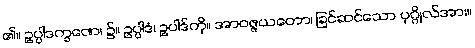
၏။ ဥပ္ပါဒက္ခဏေ၊ ၌။ ဥပ္ပါဒံ၊ ဥပါဒ်ကို။ အာဝဇ္ဇယတော၊ ခြင်ဆင်သော ပုဂ္ဂိုလ်အား။